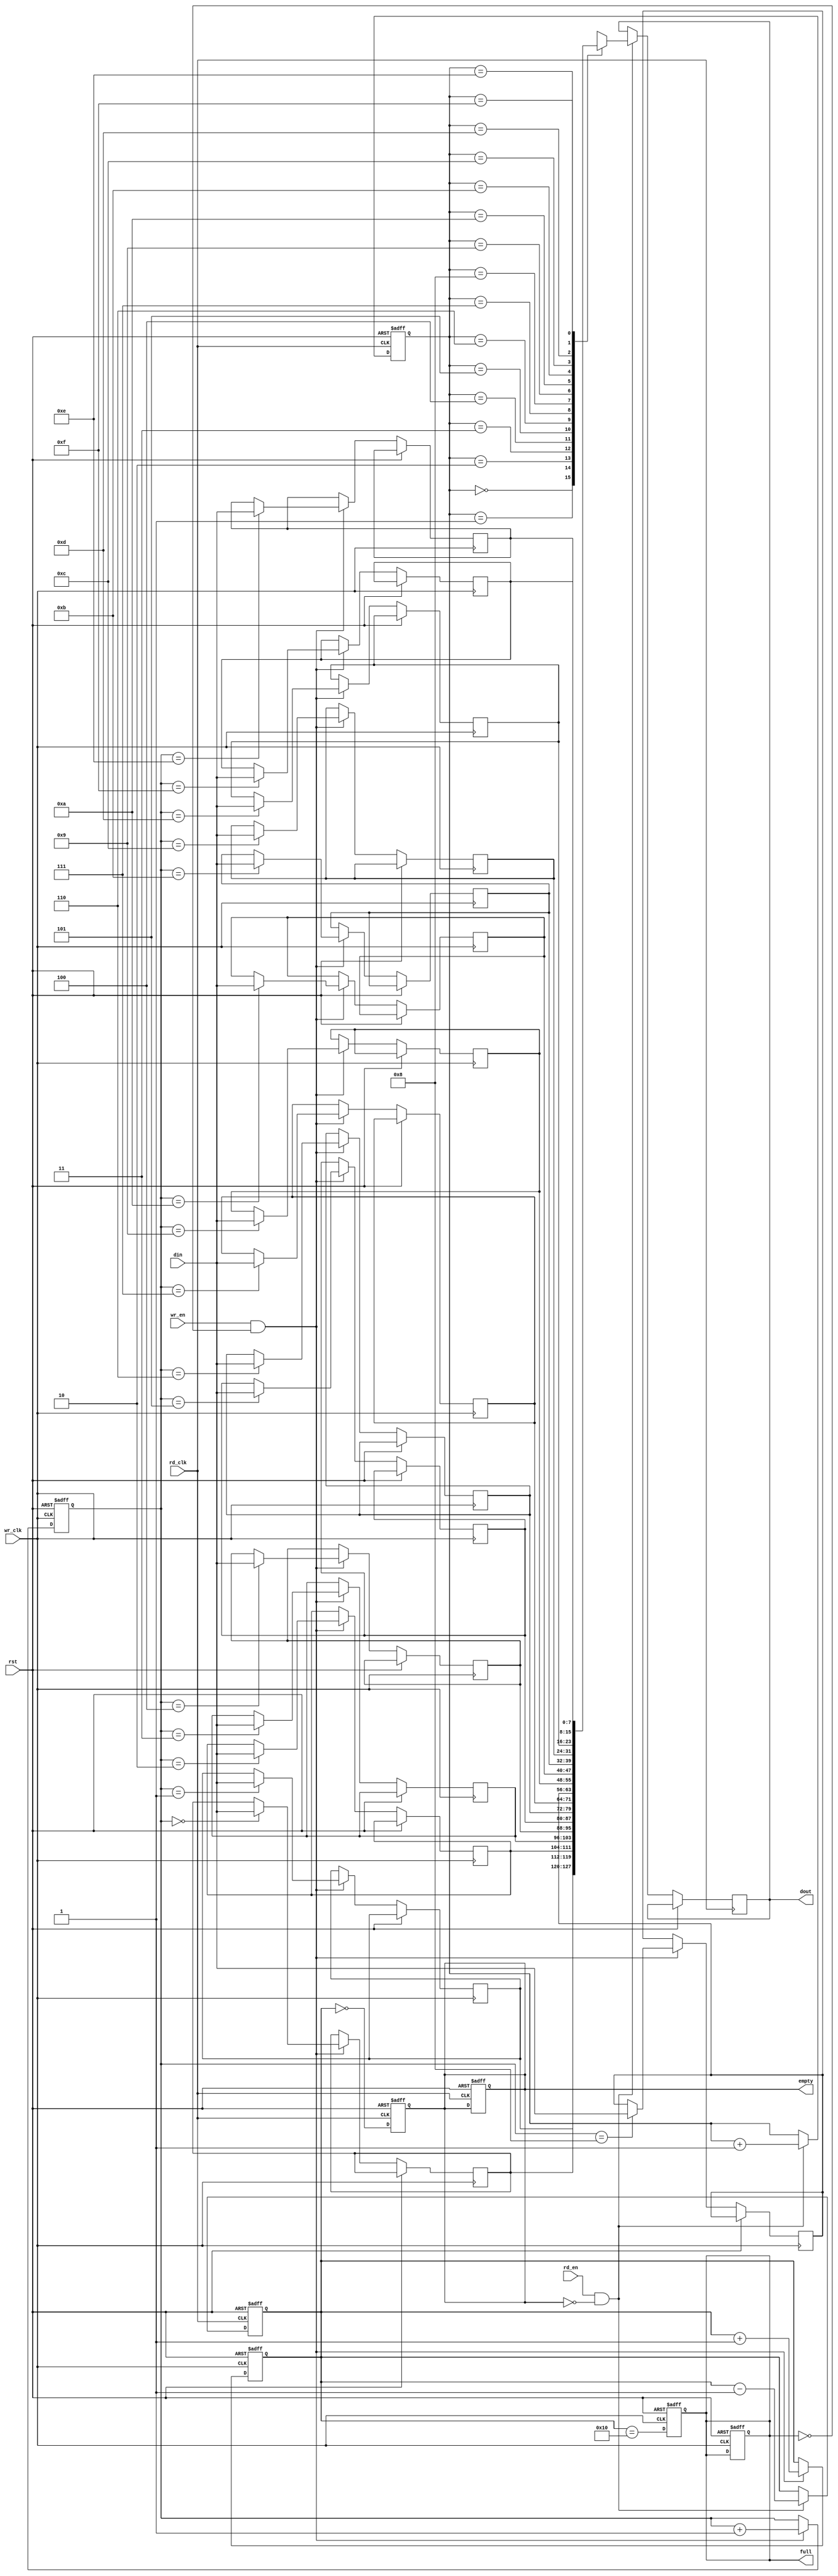
module async_fifo #(
    parameter DATA_WIDTH = 8,    // Width of data
    parameter FIFO_DEPTH = 16     // Depth of FIFO (must be a power of 2)
)(
    input wire wr_clk,            // Write clock
    input wire rd_clk,            // Read clock
    input wire rst,               // Asynchronous reset
    input wire wr_en,             // Write enable
    input wire rd_en,             // Read enable
    input wire [DATA_WIDTH-1:0] din, // Data input
    output reg [DATA_WIDTH-1:0] dout, // Data output
    output reg full,              // FIFO full flag
    output reg empty              // FIFO empty flag
);

    // Internal parameters
    localparam ADDR_WIDTH = $clog2(FIFO_DEPTH); // Address width for FIFO depth

    // Memory array
    reg [DATA_WIDTH-1:0] fifo_mem[FIFO_DEPTH-1:0];

    // Write and read pointers
    reg [ADDR_WIDTH-1:0] wptr;
    reg [ADDR_WIDTH-1:0] rptr;
    reg [ADDR_WIDTH-1:0] wptr_sync;
    reg [ADDR_WIDTH-1:0] rptr_sync;

    // FIFO occupancy tracking
    reg [ADDR_WIDTH:0] fifo_count;

    // Write operation
    always @(posedge wr_clk or posedge rst) begin
        if (rst) begin
            wptr <= 0;
            full <= 0;
            fifo_count <= 0;
        end else if (wr_en && !full) begin
            fifo_mem[wptr] <= din;
            wptr <= wptr + 1;
            fifo_count <= fifo_count + 1;
        end
    end

    // Read operation
    always @(posedge rd_clk or posedge rst) begin
        if (rst) begin
            rptr <= 0;
            empty <= 1;
            fifo_count <= 0;
        end else if (rd_en && !empty) begin
            dout <= fifo_mem[rptr];
            rptr <= rptr + 1;
            fifo_count <= fifo_count - 1;
        end
    end

    // Full and empty flag logic
    always @(posedge wr_clk or posedge rst) begin
        if (rst) begin
            full <= 0;
        end else begin
            full <= (fifo_count == FIFO_DEPTH);
        end
    end

    always @(posedge rd_clk or posedge rst) begin
        if (rst) begin
            empty <= 1;
        end else begin
            empty <= (fifo_count == 0);
        end
    end

    // Synchronization of pointers
    always @(posedge wr_clk or posedge rst) begin
        if (rst) begin
            wptr_sync <= 0;
        end else begin
            wptr_sync <= wptr;
        end
    end

    always @(posedge rd_clk or posedge rst) begin
        if (rst) begin
            rptr_sync <= 0;
        end else begin
            rptr_sync <= rptr;
        end
    end

endmodule